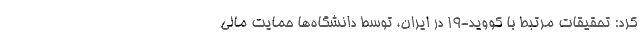
کرد: تحقیقات مرتبط با کووید-۱۹ در ایران، توسط دانشگاه‌ها حمایت مالی